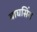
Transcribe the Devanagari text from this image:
बाघसिंग